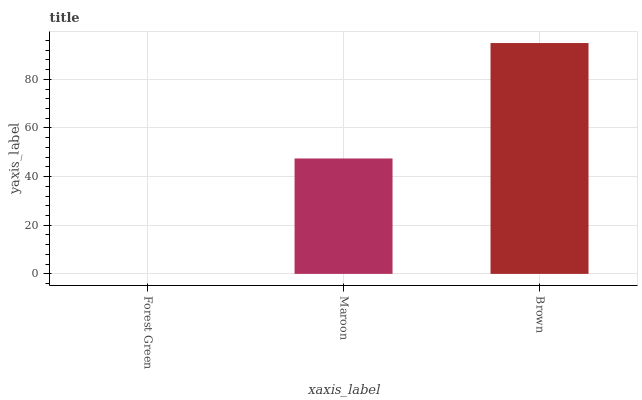
| xaxis_label | bars |
 | --- | --- |
 | Forest Green | 0 |
 | Maroon | 47.4 |
 | Brown | 94.9 |